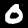
Label: 0